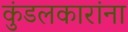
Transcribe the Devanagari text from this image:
कुंडलकारांना